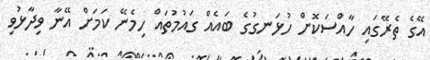
އޭގެ ތެރޭގައި ހާއްސަކޮށް ހުޅަނގުގެ ބައެއް ގައުމުތައް ހިމެނޭ ކަމަށް އޭނާ ވިދާޅުވި